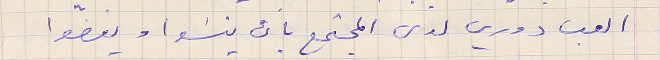
العب دوري لدى المجتمع بان ينسَوا ويغضّوا